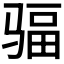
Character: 𩧿